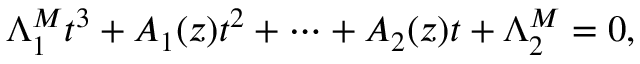
\Lambda _ { 1 } ^ { M } t ^ { 3 } + A _ { 1 } ( z ) t ^ { 2 } + \cdots + A _ { 2 } ( z ) t + \Lambda _ { 2 } ^ { M } = 0 ,